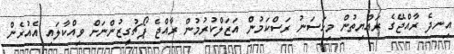
އިނދެ ރާއްޖޭގެ ރައްޔިތުން މިހަސަނު ރަސްކަމުން އަޒަލްކުރުމުން ރާއްޖެ ޕޯޗުގީޒުންނަށް ވިއްކާލައި އެއުރެން